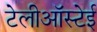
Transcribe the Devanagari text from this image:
टेलीऑस्टेई